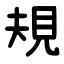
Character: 規